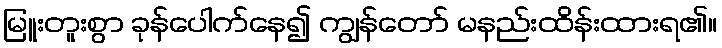
မြူးတူးစွာ ခုန်ပေါက်နေ၍ ကျွန်တော် မနည်းထိန်းထားရ၏။